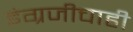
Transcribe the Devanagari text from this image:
इंग्रजीचाही